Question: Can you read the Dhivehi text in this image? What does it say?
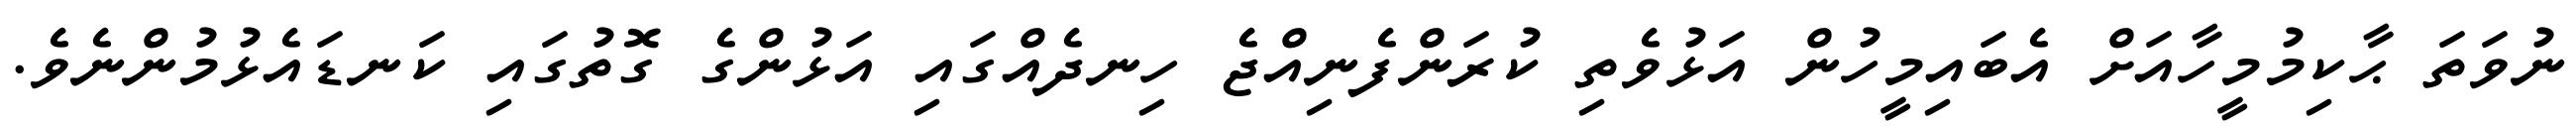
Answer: ނުވަތަ ޙާކިމުމީހާއަށް އެބައިމީހުން އަޅުވެތި ކުރަންފެނިއްޖެ ހިނދެއްގައި އަޅުންގެ ގޮތުގައި ކަނޑައެޅުމުންނެވެ.